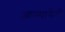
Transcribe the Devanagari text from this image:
आल्यानेही